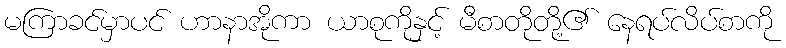
မကြာခင်မှာပင် ဟာနာအိုကာ ယာစုကိုနှင့် မီစာတိုတို့၏ နေရပ်လိပ်စာကို